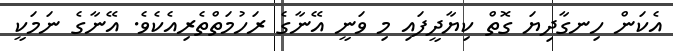
އެކަން ހިނގާދިޔަ ގޮތް ކިޔާދީފައި މި ވަނީ އޭނާގެ ރަހުމަތްތެރިއެކެވެ. އޭނާގެ ނަމަކީ